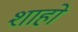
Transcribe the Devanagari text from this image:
शाहो